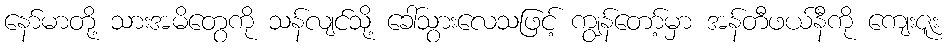
နော်မာတို့ သားအမိတွေကို သန်လျင်သို့ ခေါ်သွားလေသဖြင့် ကျွန်တော့်မှာ အန်တီဖယ်နီကို ကျေးဇူး